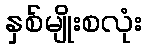
နှစ်မျိုးစလုံး